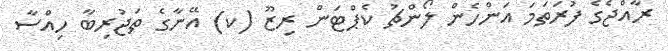
ރާއްޖެގެ ފުރަތަމަ އަންހެން ލޯންޗު ކެޕްޓަން ރިޒޫ (ކ) އޭނާގެ ތަޖުރިބާ ހިއްސާ